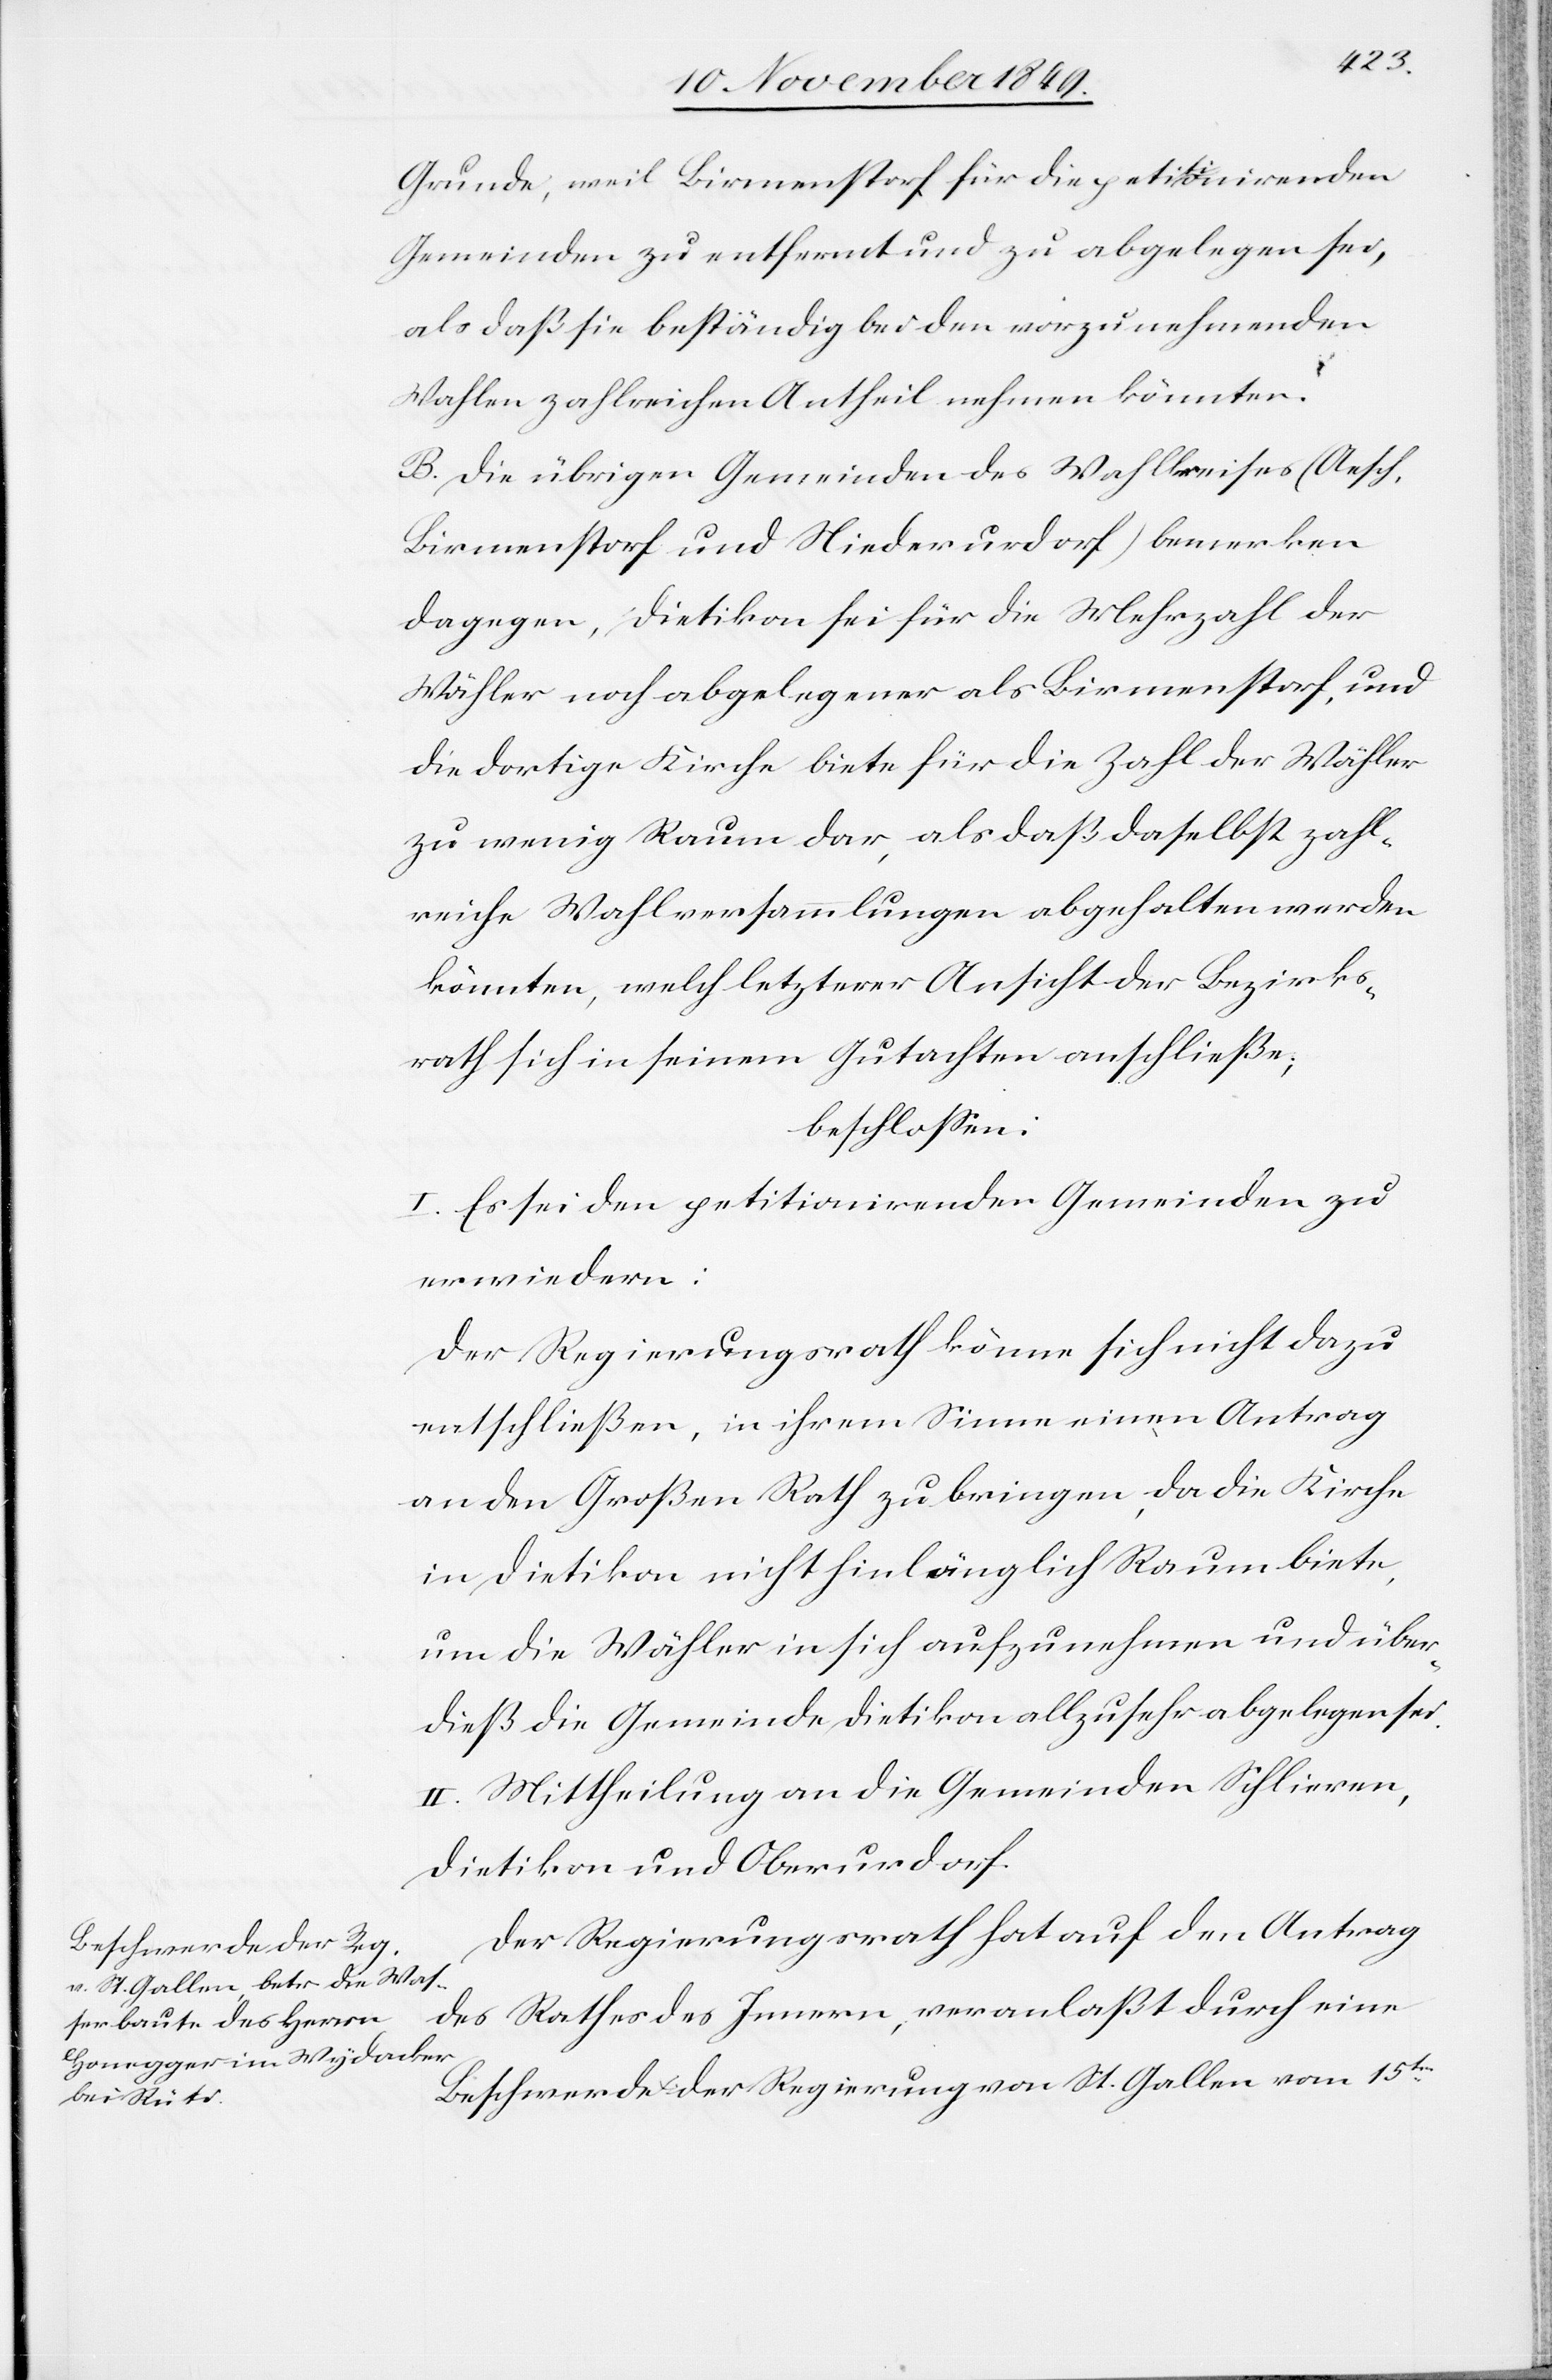
Grunde, weil Birmenstorf für die petitionirenden
Gemeinden zu entfernt und zu abgelegen sei,
als daß sie beständig bei den vorzunehmenden
Wahlen zahlreichen Antheil nehmen könnten.
B. Die übrigen Gemeinden des Wahlkreises (Aesch,
Birmenstorf und Niederurdorf) bemerken
dagegen, Dietikon sei für die Mehrzahl der
Wähler noch abgelegener als Birmenstorf, und
die dortige Kirche biete für die Zahl der Wähler
zu wenig Raum dar, als daß daselbst zahl¬
reiche Wahlversammlungen abgehalten werden
könnten, welch letzterer Ansicht der Bezirks¬
rath sich in seinem Gutachten anschließe;
beschloßen:
I. Es sei den petitionirenden Gemeinden zu
erwiedern:
Der Regierungsrath könne sich nicht dazu
entschließen, in ihrem Sinne einen Antrag
an den Großen Rath zu bringen, da die Kirche
in Dietikon nicht hinlänglich Raum biete,
um die Wähler in sich aufzunehmen und über¬
dieß die Gemeinde Dietikon allzusehr abgelegen sei.
II. Mittheilung an die Gemeinden Schlieren,
Dietikon und Oberurdorf.
Der Regierungsrath hat auf den Antrag
des Rathes des Innern, veranlaßt durch eine
Beschwerde der Regierung von St. Gallen vom 15ten